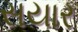
સયાર